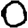
Digit: 0